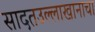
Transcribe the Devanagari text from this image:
सादतउल्लाखानाचा